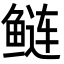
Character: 鲢